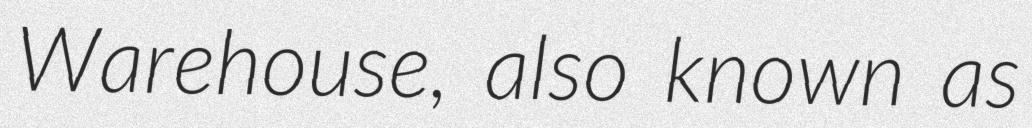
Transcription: Warehouse, also known as